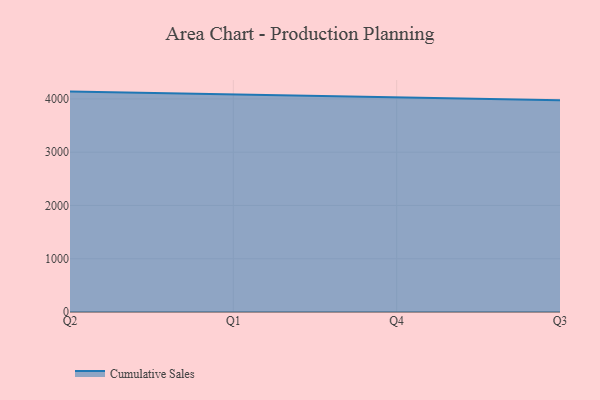
{"axis": {"x": "Quarter", "y": "Population (Million)"}, "legend": ["Cumulative Sales"], "data": [{"x": "Q2", "y": 4137.3, "type": "Cumulative Sales"}, {"x": "Q1", "y": 4082.3, "type": "Cumulative Sales"}, {"x": "Q4", "y": 4038.7, "type": "Cumulative Sales"}, {"x": "Q3", "y": 3974.5, "type": "Cumulative Sales"}]}